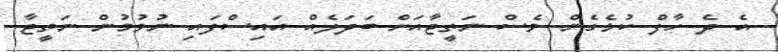
އެ ދެ ހާފް ކުޅެގެން ވެސް ނަތީޖާއަށް ބަދަލެއް އައިސްފައި ނުވުމުން ނަތީޖާ